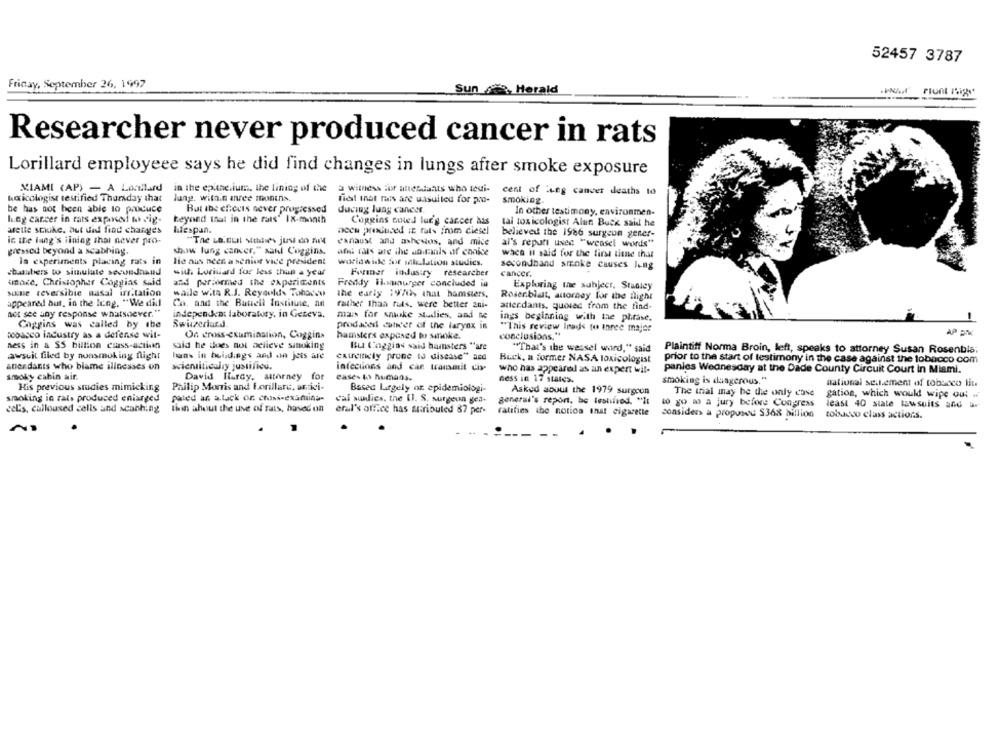
52457 3787
Friday, September 26, 1997
Sun s, Herald
Researcher never produced cancer in rats
Lorillard employeee says he did find changes in lungs after smoke exposure
MIAMI (AP) - A Lonilard
in the epithelium, the lining of the
a witness for attendants who teui-
cent of lung cancer deaths to
toxicologist testified Thursday that
lang. with.n anree monins.
fiet inat rais are uasuited for pro-
smoking.
But the effects never progressed
he has not been able to produce
ducing lung cancer.
In other testimony, environmen-
lung cancer in rats exposed to dig-
beyond that in the rats' Ix-month
Coggins noted lur's cancer his
tal toxicologist Alan Buck said he
afette stuke, but did find charges
hiespan.
accu prixduced IE fats from diesel
believed the 1986 surgeon gener-
ic the lang's ilning that never pro-
chnaust and ashesios, and mice
al's reputi used "weasel words"
pressed beyond a scabbing.
show lung cancer," sanl Coggins.
and cats are the somals of choise
wach il said for the first tiene that
in experiments placing rats in
Hie aus neen a senior vice president
worldwide for illation studies.
secondhand smoke causes lung
chambers to simulate secundaand
sit. Loriviard for less than a year
Foriner industry researcher
cancer.
umake, Christopher Coggias said
and performed the experiments
Freddy ilsunuryer concluded in
Exploring the subject, Stanley
siane reversible nasal irritation
waile wita R.J. Reynolds Tobacco
the early : 9/0>> that hamsters,
Rosenblat, attorney for the flight
appeared but, in the long. "We did
Co. and the Batiell Institute, an
rather than ruts, were better zni-
antecdants, quoied from the find-
not see any response whatsoever."
independent laboratory, in Geteva,
maus for smoke studies, and te
ings beginning with the phrase.
Caggins was called by the
Swiczcriar.d
prodadedi cate'er of the larynx in
"This review leads to three majer
sooasco industry as a defense wit-
On cross-examination, Coggins
AP EM
hamsters exposed to smoke.
conclusions."
ness in a SS billion class-action
said he does not believe sinoking
Bu Caggins said hamsters "are
"That's the wessel word," said
awsuit filed by nonsmoking night
hans in buildings and on jets are
extremely prone to disease" acd
Plaintiff Norma Broin, left, speaks to attorney Susan Rosenbis;
Buck, a former NASA toxicologist
prior to the start of testimony in the case against the tobacco com
anendants who blame illnesses on
scientifically justificu.
infections and can transmit cis
who has appeared as an expert wil-
panies Wednesday at the Dade County Circuit Court in Miami.
smoky cabin air.
David Hardy, attorney for
eases 6) numaos.
ness in 17 states.
Philip Morris and Forillare, arici-
smoking is dangerous."
national seulement of tobacco lit
His previous studies mimicking
Based largely or epidemiologi-
Asked about the 1979 surgeon
The trial may be the only case
gation, which would wipe out .
smoking in rats produced enlarged
paled an a.tack or. chisi-exaduna-
cal sudies, the (J. S. surgeun gen-
general's report, be testified. "It
eel's, culloused cells and scanh.ng
thin about the use of rats, hased on
to go wo a jury before Congress
least 40 state lawsuits and ur
eral's office has suaributed 87 per-
ratifies the notion inst cigarette
consider a proposed $368 billion
tobacco class actions.